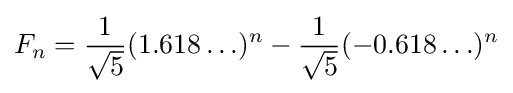
F_{n}={\frac {1}{\sqrt {5}}}(1.618\ldots )^{n}-{\frac {1}{\sqrt {5}}}(-0.618\ldots )^{n}